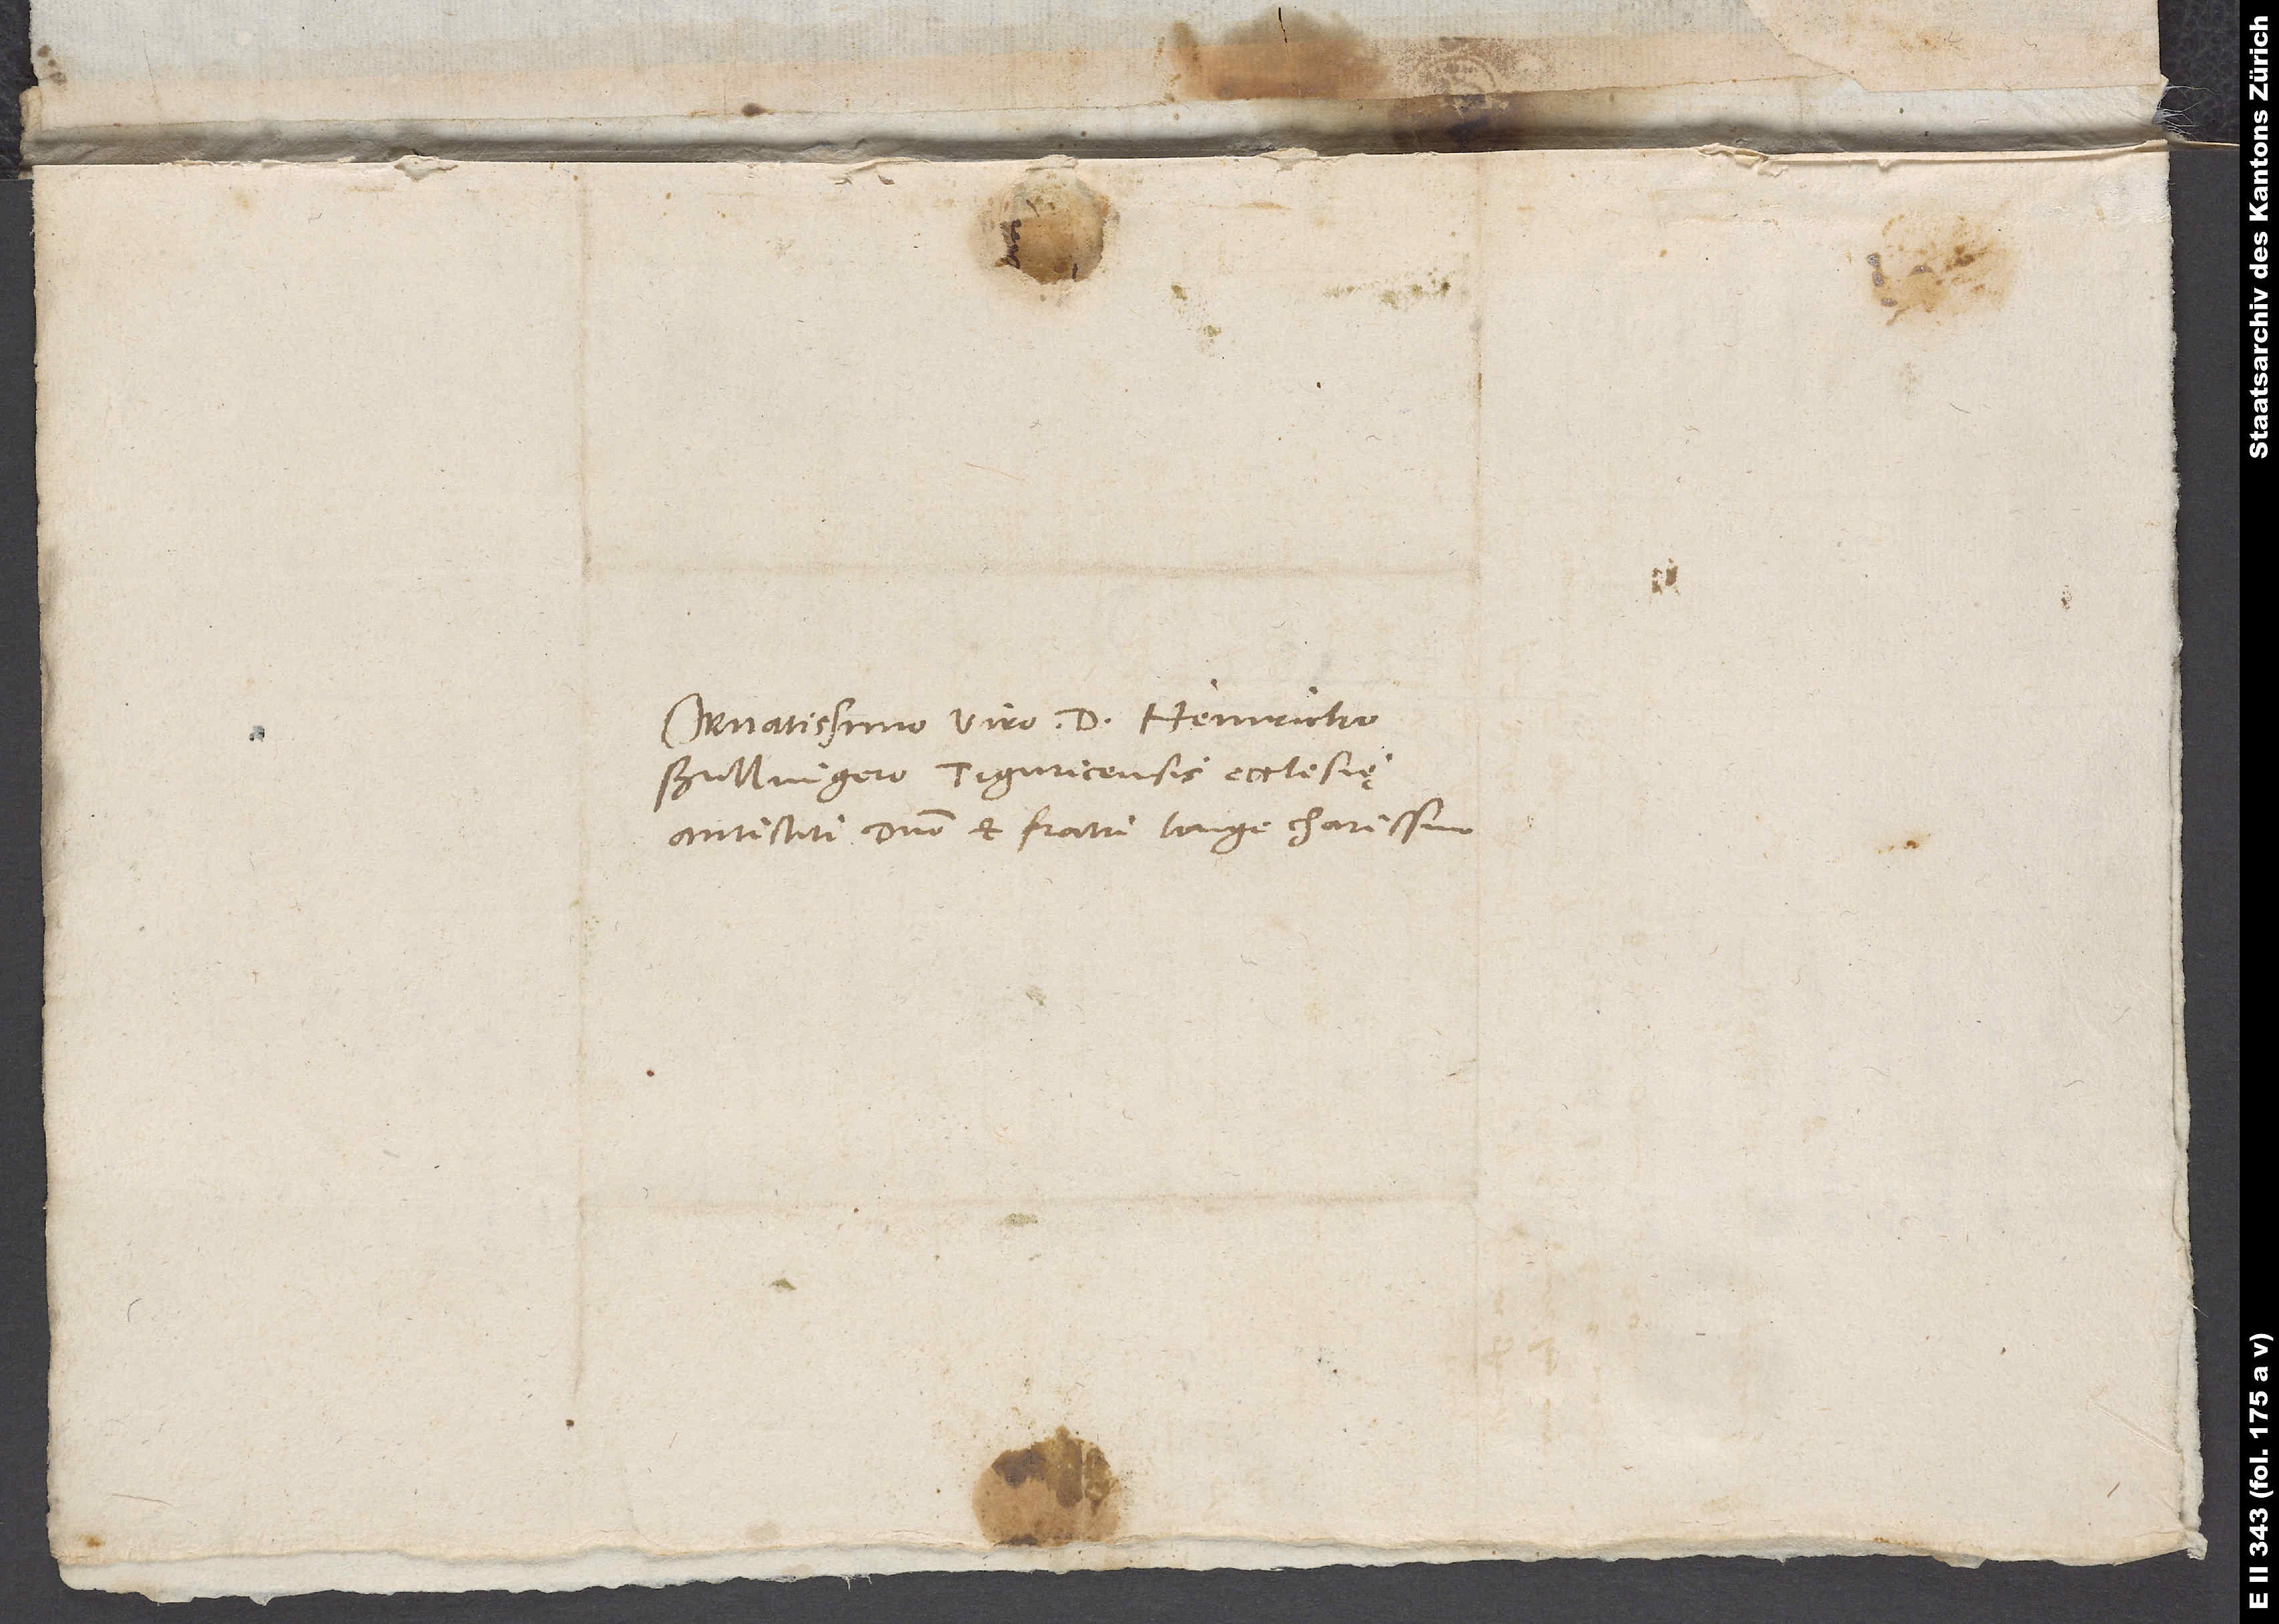
Ornatissimo viro d. Heinricho
Bullingero, Tiguricensis ecclesię
antistiti, domino et fratri longe charissimo.